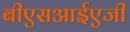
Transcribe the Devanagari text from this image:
बीएसआईएजी